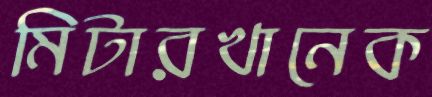
মিটারখানেক